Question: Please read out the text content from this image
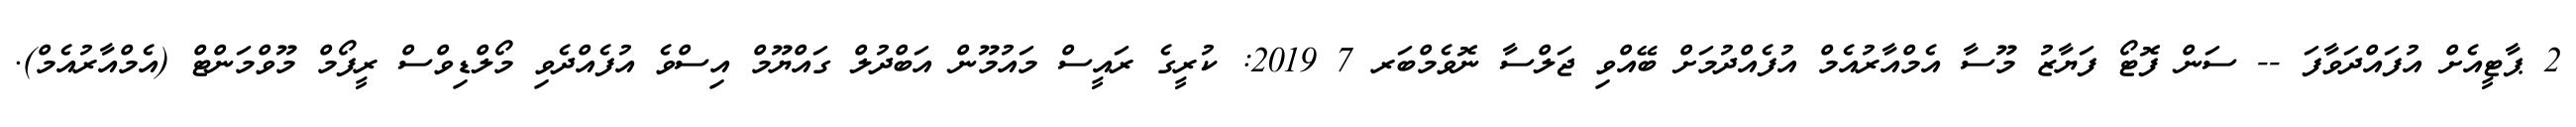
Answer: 2 ޕާޓީއެށް އުފައްދަވާފަ -- ސަން ފޮޓޯ ފަޔާޒު މޫސާ އެމްއާރުއެމް އުފެއްދުމަށް ބޭއްވި ޖަލްސާ ނޮވެމްބަރ 7 2019: ކުރީގެ ރައީސް މައުމޫން އަބްދުލް ގައްޔޫމް އިސްވެ އުފެއްދެވި މޯލްޑިވްސް ރީފޯމް މޫވްމަންޓް (އެމްއާރުއެމް).